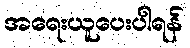
အရေးယူပေးပါရန်